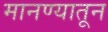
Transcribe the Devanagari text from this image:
मानण्यातून